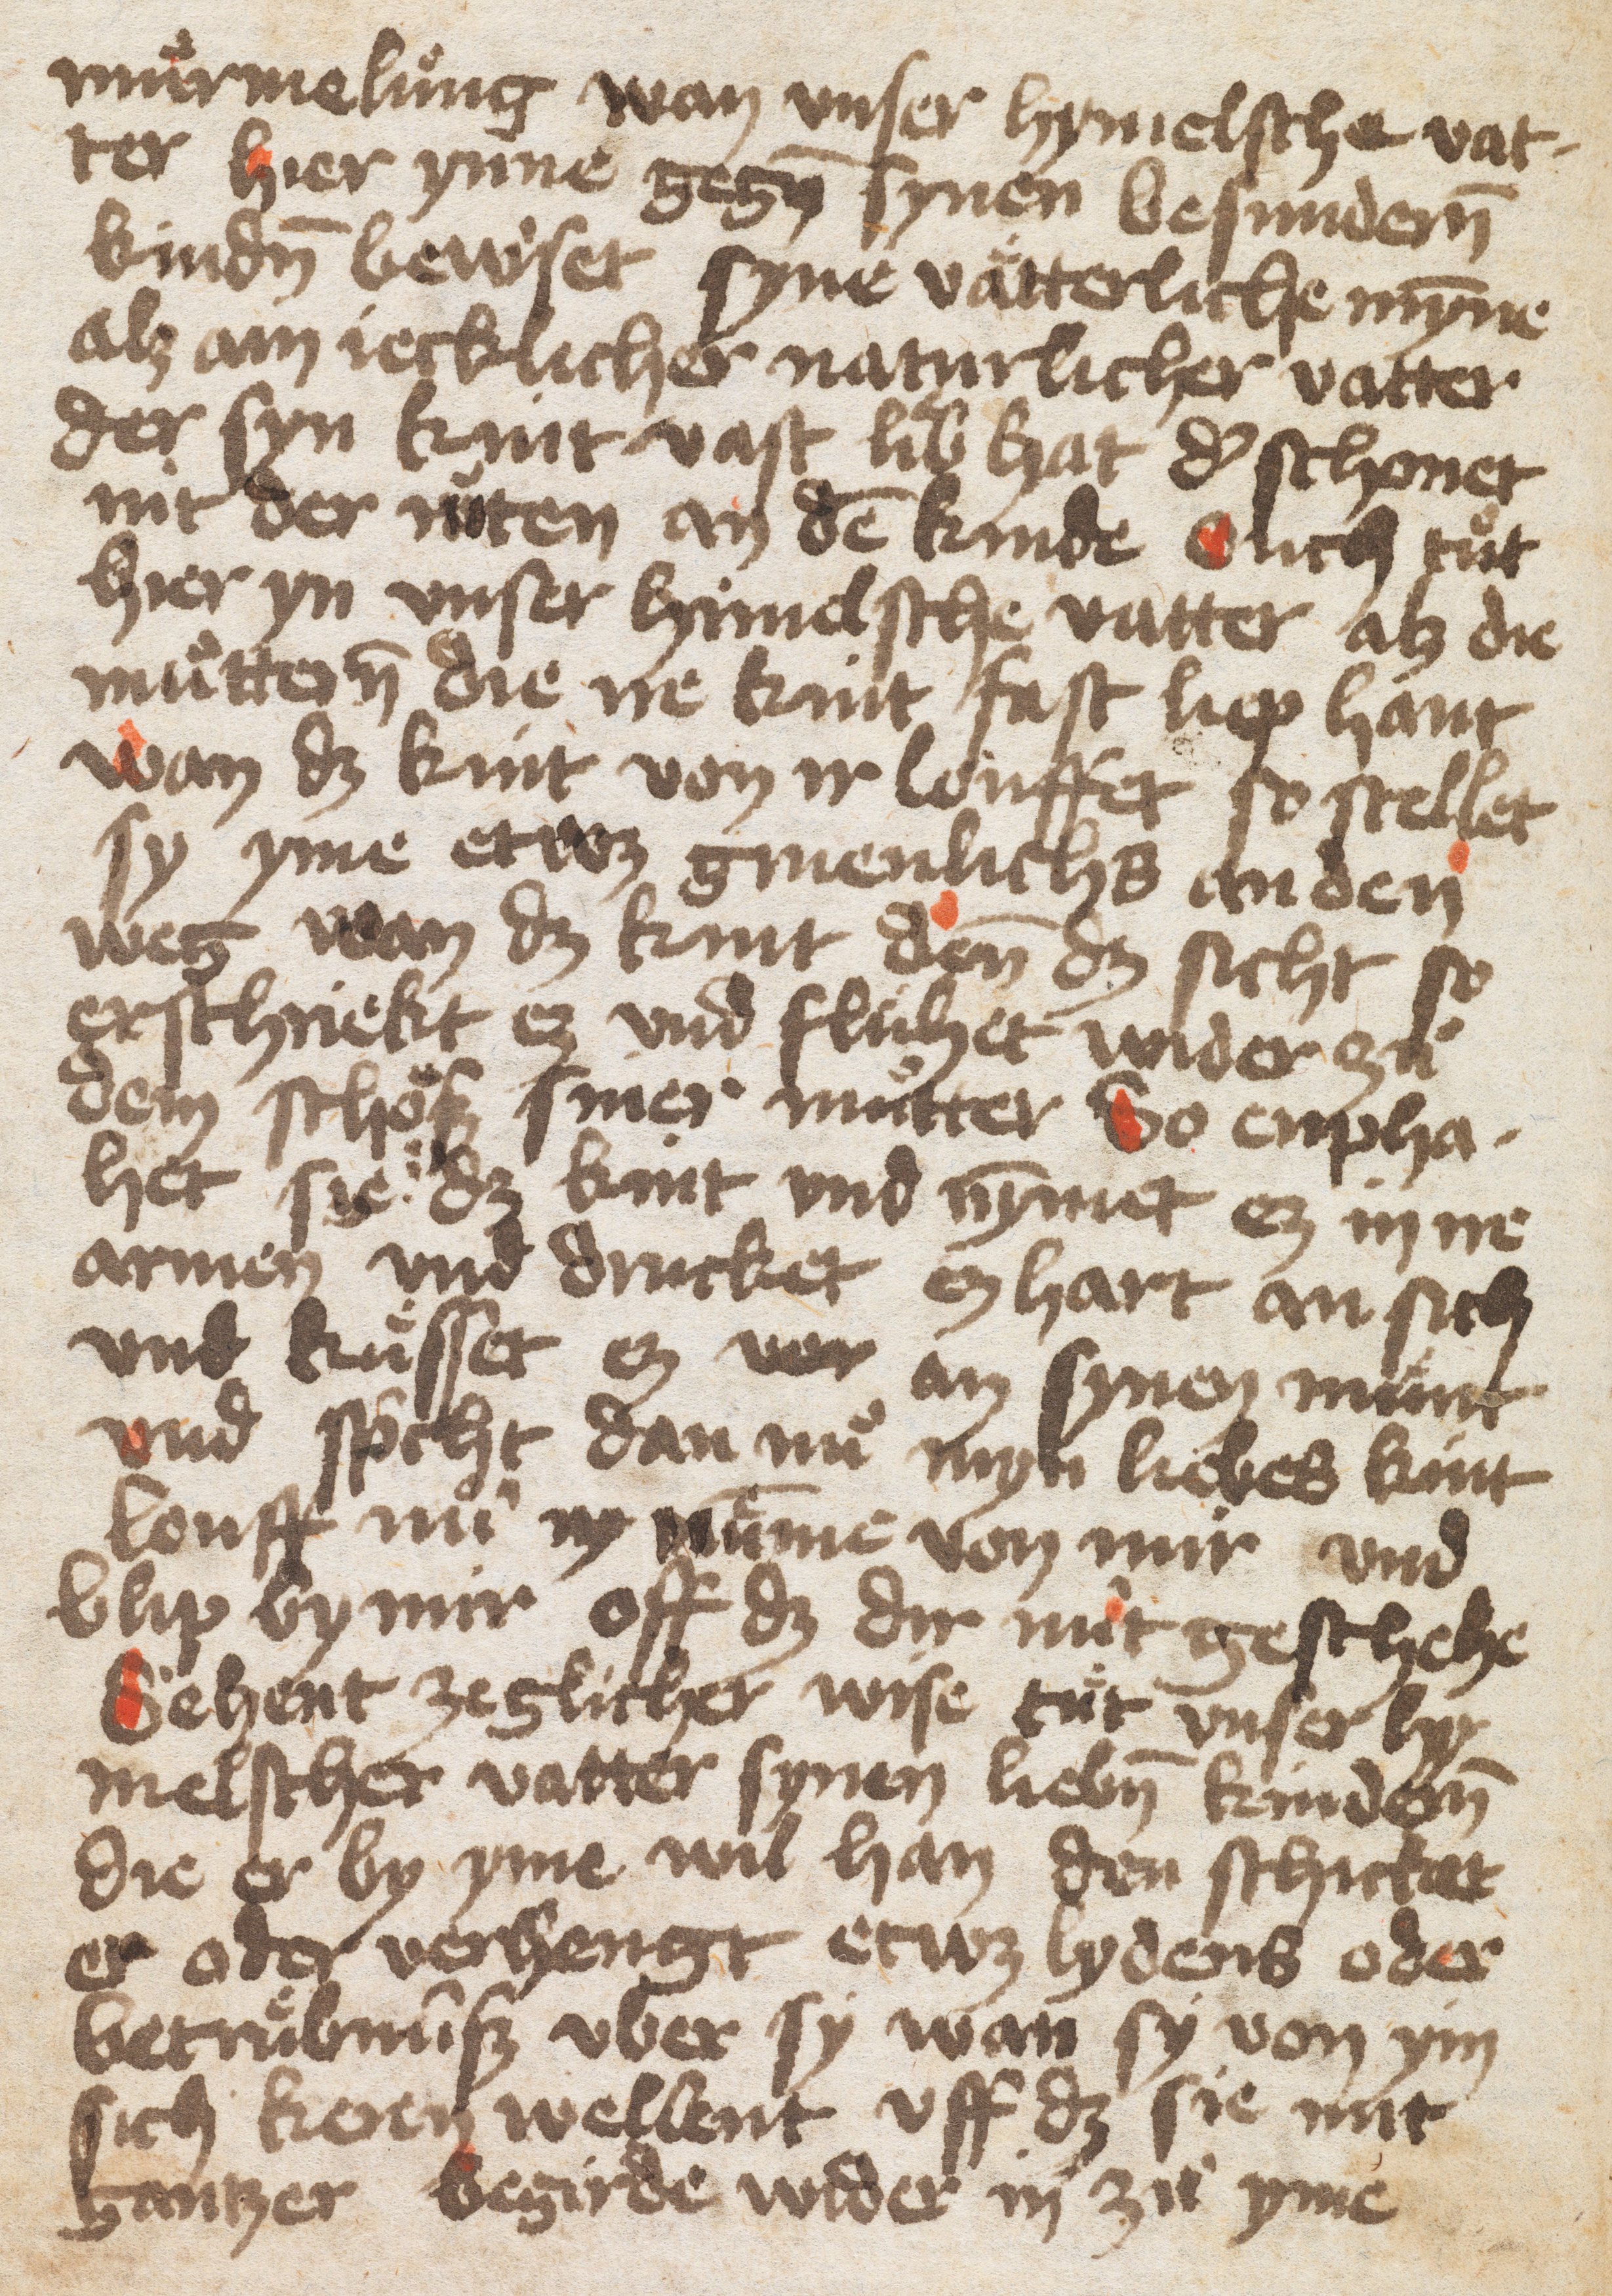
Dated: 1400–1499